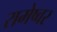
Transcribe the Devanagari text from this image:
रामेष्वर